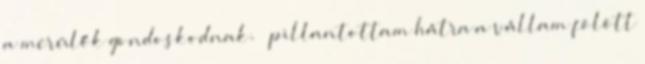
a merülők gondoskodnak. – pillantottam hátra a vállam fölött